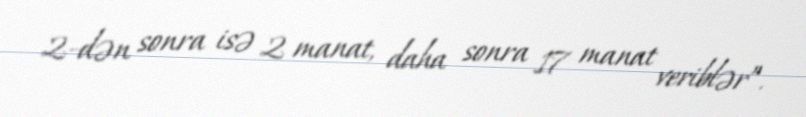
2-dən sonra isə 2 manat, daha sonra 17 manat veriblər”.